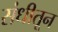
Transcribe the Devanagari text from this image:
संधीतून